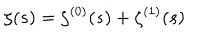
\zeta ( s ) = \zeta ^ { ( 0 ) } ( s ) + \zeta ^ { ( 1 ) } ( s )